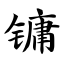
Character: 镛